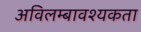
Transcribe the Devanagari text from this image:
अविलम्बावश्यकता